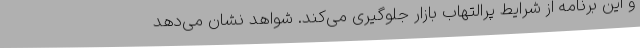
و این برنامه از شرایط پرالتهاب بازار جلوگیری می‌کند. شواهد نشان می‌دهد